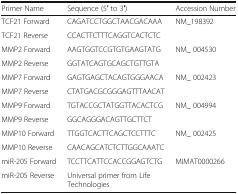
<table><thead><tr><td><b>Primer Name</b></td><td><b>Sequence (5′ to 3′)</b></td><td><b>Accession Number</b></td></tr></thead><tbody><tr><td>TCF21 Forward</td><td>CAGATCCTGGCTAACGACAAA</td><td rowspan="2">NM_198392</td></tr><tr><td>TCF21 Reverse</td><td>CCACTTCTTTCAGGTCACTCTC</td></tr><tr><td>MMP2 Forward</td><td>AAGTGGTCCGTGTGAAGTATG</td><td rowspan="2">NM_ 004530</td></tr><tr><td>MMP2 Reverse</td><td>GGTATCAGTGCAGCTGTTGTA</td></tr><tr><td>MMP7 Forward</td><td>GAGTGAGCTACAGTGGGAACA</td><td rowspan="2">NM_ 002423</td></tr><tr><td>MMP7 Reverse</td><td>CTATGACGCGGGAGTTTAACAT</td></tr><tr><td>MMP9 Forward</td><td>TGTACCGCTATGGTTACACTCG</td><td rowspan="2">NM_ 004994</td></tr><tr><td>MMP9 Reverse</td><td>GGCAGGGACAGTTGCTTCT</td></tr><tr><td>MMP10 Forward</td><td>TTGGTCACTTCAGCTCCTTTC</td><td rowspan="2">NM_ 002425</td></tr><tr><td>MMP10 Reverse</td><td>CAACAGCATCTCTTGGCAAATC</td></tr><tr><td>miR-205 Forward</td><td>TCCTTCATTCCACCGGAGTCTG</td><td rowspan="2">MIMAT0000266</td></tr><tr><td>miR-205 Reverse</td><td>Universal primer from Life Technologies</td></tr></tbody></table>